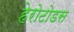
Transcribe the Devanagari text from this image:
हेरोटोडस